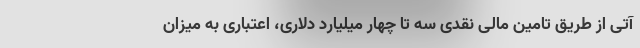
آتی از طریق تامین مالی نقدی سه تا چهار میلیارد دلاری، اعتباری به میزان